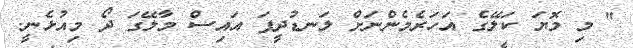
" މި މޮޔަ ކަލޭގެ އަހަރެމެންނަށް ލަނޑުދީފަ އައިސް މާލޭގަ ދޯ މިއުޅެނީ.